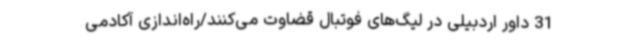
31 داور اردبیلی در لیگ‌های فوتبال قضاوت می‌کنند/راه‌اندازی آکادمی